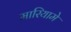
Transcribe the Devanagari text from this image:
मारियामे